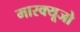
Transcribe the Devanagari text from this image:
मारक्यूजो